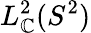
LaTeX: L_{\mathbb{C}}^{2}(S^{2})